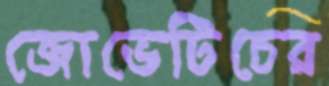
জোভেটিচের